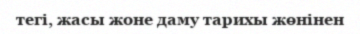
тегі, жасы жоне даму тарихы жөнінен